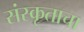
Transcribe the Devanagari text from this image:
संस्कृताचा